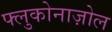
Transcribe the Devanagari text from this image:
फ्लुकोनाज़ोल